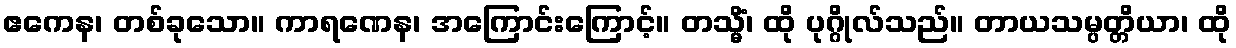
ဧကေန၊ တစ်ခုသော။ ကာရဏေန၊ အကြောင်းကြောင့်။ တသ္မိံ၊ ထို ပုဂ္ဂိုလ်သည်။ တာယသမ္ပတ္တိယာ၊ ထို